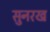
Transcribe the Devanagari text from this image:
सुनरख